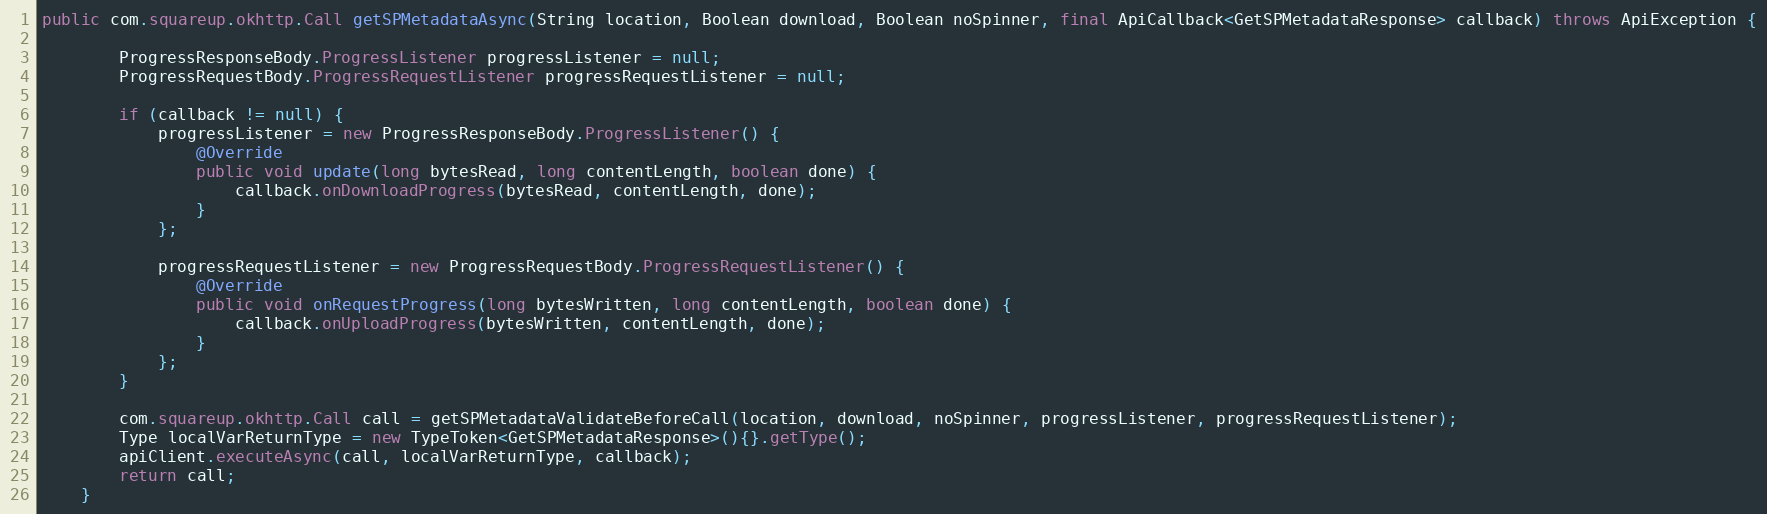
Language: Java
public com.squareup.okhttp.Call getSPMetadataAsync(String location, Boolean download, Boolean noSpinner, final ApiCallback<GetSPMetadataResponse> callback) throws ApiException {

        ProgressResponseBody.ProgressListener progressListener = null;
        ProgressRequestBody.ProgressRequestListener progressRequestListener = null;

        if (callback != null) {
            progressListener = new ProgressResponseBody.ProgressListener() {
                @Override
                public void update(long bytesRead, long contentLength, boolean done) {
                    callback.onDownloadProgress(bytesRead, contentLength, done);
                }
            };

            progressRequestListener = new ProgressRequestBody.ProgressRequestListener() {
                @Override
                public void onRequestProgress(long bytesWritten, long contentLength, boolean done) {
                    callback.onUploadProgress(bytesWritten, contentLength, done);
                }
            };
        }

        com.squareup.okhttp.Call call = getSPMetadataValidateBeforeCall(location, download, noSpinner, progressListener, progressRequestListener);
        Type localVarReturnType = new TypeToken<GetSPMetadataResponse>(){}.getType();
        apiClient.executeAsync(call, localVarReturnType, callback);
        return call;
    }